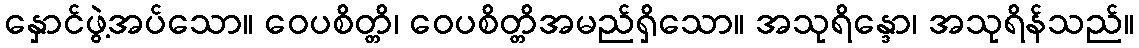
နှောင်ဖွဲ့အပ်သော။ ဝေပစိတ္တိ၊ ဝေပစိတ္တိအမည်ရှိသော။ အသုရိန္ဒော၊ အသုရိန်သည်။